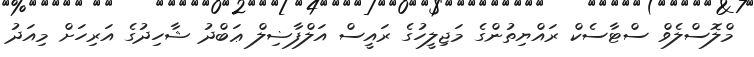
މްލޮސްލެވް ސްޓާސެކް ރައްޔިތުންގެ މަޖިލީހުގެ ރައީސް އަލްފާޟިލް ޢަބްދު ޝާހިދުގެ އަރިހަށް މިއަދު